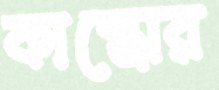
কাস্ত্রোর